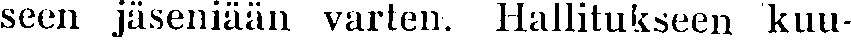
seen jäseniään varten. Hallitukseen kuu-